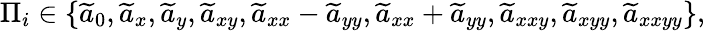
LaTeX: \Pi_{i}\in\{ \widetilde{a}_{0},\widetilde{a}_{x},\widetilde{a}_{y},\widetilde{a}_{xy},\widetilde{a}_{xx}-\widetilde{a}_{yy},\widetilde{a}_{xx}+\widetilde{a}_{yy},\widetilde{a}_{xxy},\widetilde{a}_{xyy},\widetilde{a}_{xxyy}\} ,